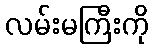
လမ်းမကြီးကို